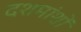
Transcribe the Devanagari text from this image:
दशमांशों